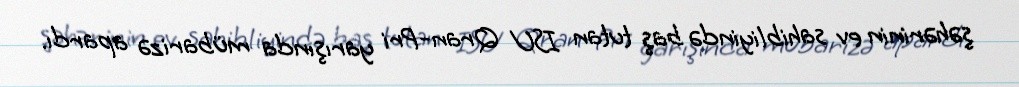
şəhərinin ev sahibliyində baş tutan ISU Qran-Pri yarışında mübarizə apardı.